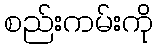
စည်းကမ်းကို